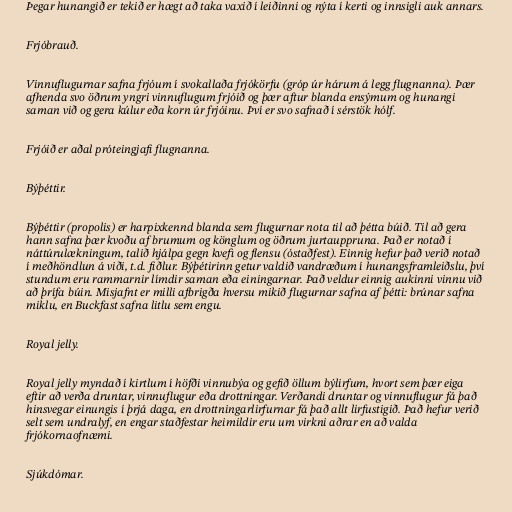
Þegar hunangið er tekið er hægt að taka vaxið í leiðinni og nýta í kerti og innsigli auk annars.

Frjóbrauð.

Vinnuflugurnar safna frjóum í svokallaða frjókörfu (gróp úr hárum á legg flugnanna). Þær
afhenda svo öðrum yngri vinnuflugum frjóið og þær aftur blanda ensýmum og hunangi
saman við og gera kúlur eða korn úr frjóinu. Því er svo safnað í sérstök hólf.

Frjóið er aðal próteingjafi flugnanna.

Býþéttir.

Býþéttir (propolis) er harpixkennd blanda sem flugurnar nota til að þétta búið. Til að gera
hann safna þær kvoðu af brumum og könglum og öðrum jurtauppruna. Það er notað í
náttúrulækningum, talið hjálpa gegn kvefi og flensu (óstaðfest). Einnig hefur það verið notað
í meðhöndlun á viði, t.d. fiðlur. Býþétirinn getur valdið vandræðum í hunangsframleiðslu, því
stundum eru rammarnir límdir saman eða einingarnar. Það veldur einnig aukinni vinnu við
að þrífa búin. Misjafnt er milli afbrigða hversu mikið flugurnar safna af þétti: brúnar safna
miklu, en Buckfast safna litlu sem engu.

Royal jelly.

Royal jelly myndað í kirtlum í höfði vinnubýa og gefið öllum býlirfum, hvort sem þær eiga
eftir að verða druntar, vinnuflugur eða drottningar. Verðandi druntar og vinnuflugur fá það
hinsvegar einungis í þrjá daga, en drottningarlirfurnar fá það allt lirfustigið. Það hefur verið
selt sem undralyf, en engar staðfestar heimildir eru um virkni aðrar en að valda
frjókornaofnæmi.

Sjúkdómar.